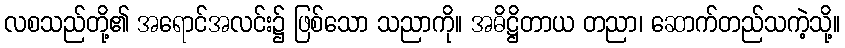
လစသည်တို့၏ အရောင်အလင်း၌ ဖြစ်သော သညာကို။ အဓိဋ္ဌိတာယ တညာ၊ ဆောက်တည်သကဲ့သို့။